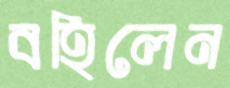
বহিলেন